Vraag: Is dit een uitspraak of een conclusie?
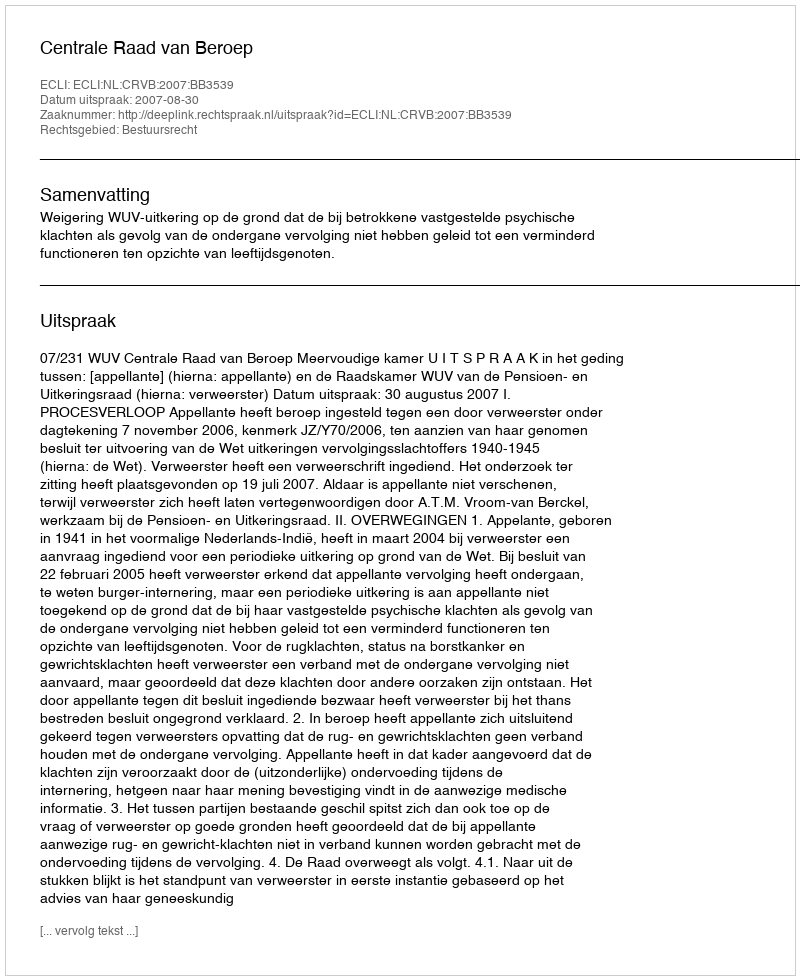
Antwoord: Uitspraak